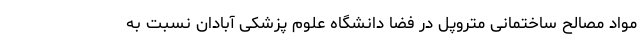
مواد مصالح ساختمانی متروپل در فضا دانشگاه علوم پزشکی آبادان نسبت به